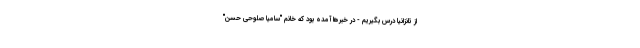
از تانزانیا درس بگیریم - در خبرها آمده بود که خانم "سامیا صلوحی حسن"